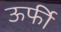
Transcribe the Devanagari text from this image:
ऊर्फी